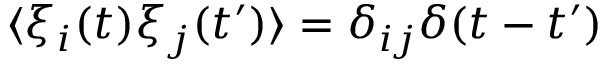
\langle \xi _ { i } ( t ) \xi _ { j } ( t ^ { \prime } ) \rangle = \delta _ { i j } \delta { ( t - t ^ { \prime } ) }